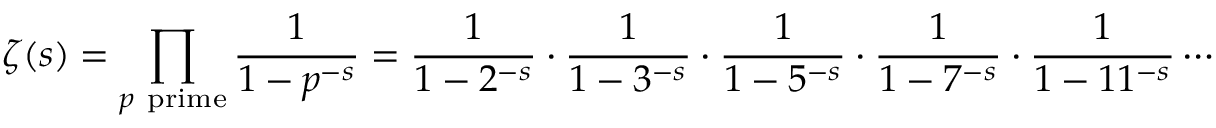
\zeta ( s ) = \prod _ { p { \mathrm { ~ p r i m e } } } { \frac { 1 } { 1 - p ^ { - s } } } = { \frac { 1 } { 1 - 2 ^ { - s } } } \cdot { \frac { 1 } { 1 - 3 ^ { - s } } } \cdot { \frac { 1 } { 1 - 5 ^ { - s } } } \cdot { \frac { 1 } { 1 - 7 ^ { - s } } } \cdot { \frac { 1 } { 1 - 1 1 ^ { - s } } } \cdots